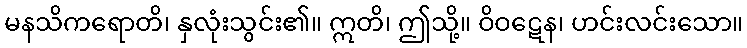
မနသိကရောတိ၊ နှလုံးသွင်း၏။ ဣတိ၊ ဤသို့။ ဝိဝဋေန၊ ဟင်းလင်းသော။